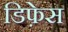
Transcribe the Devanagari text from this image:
डिफ़ेस